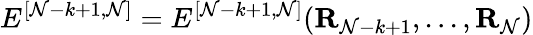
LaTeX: E^{[{{\mathcal{N}}-{k}+1},{{\mathcal{N}}}]}=E^{[{{\mathcal{N}}-{k}+1},{{\mathcal{N}}}]}({\mathbf{R}}_{\mathcal{N}-k+1},...,{\mathbf{R}}_{\mathcal{N}})